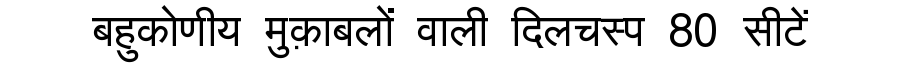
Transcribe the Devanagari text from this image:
बहुकोणीय मुक़ाबलों वाली दिलचस्प 80 सीटें